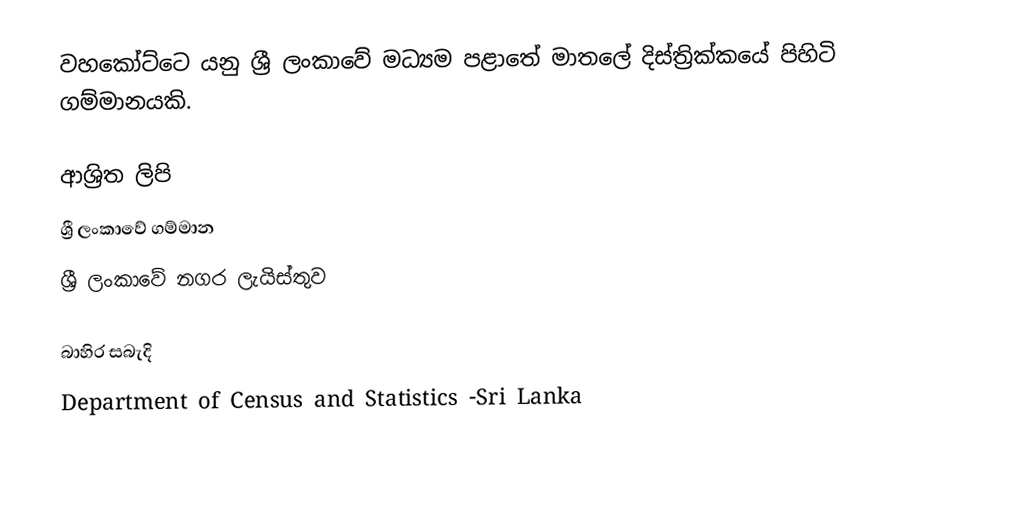
වහකෝට්ටෙ  යනු ශ්‍රී ලංකාවේ මධ්‍යම පළාතේ	මාතලේ දිස්ත්‍රික්කයේ	පිහිටි ගම්මානයකි.

ආශ්‍රිත ලිපි
ශ්‍රී ලංකාවේ ගම්මාන
ශ්‍රී ලංකාවේ නගර ලැයිස්තුව

බාහිර සබැදි
Department of Census and Statistics -Sri Lanka